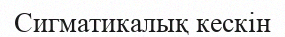
Сигматикалық кескін